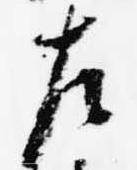
左